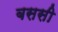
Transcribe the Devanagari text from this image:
बससी